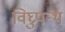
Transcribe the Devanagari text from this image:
विघ्रुपन्थ